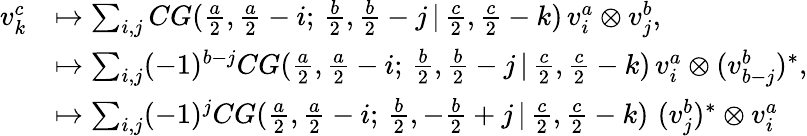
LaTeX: \begin{array}{rl}{v_{k}^{c}}&{\mapsto\sum_{i,j}CG(\frac{a}{2},\frac{a}{2}-i;\, \frac{b}{2},\frac{b}{2}-j\, |\, \frac{c}{2},\frac{c}{2}-k)\, v_{i}^{a}\otimes v_{j}^{b},}\\ &{\mapsto\sum_{i,j}(-1)^{b-j}CG(\frac{a}{2},\frac{a}{2}-i;\, \frac{b}{2},\frac{b}{2}-j\, |\, \frac{c}{2},\frac{c}{2}-k)\, v_{i}^{a}\otimes(v_{b-j}^{b})^{*},}\\ &{\mapsto\sum_{i,j}(-1)^{j}CG(\frac{a}{2},\frac{a}{2}-i;\, \frac{b}{2},-\frac{b}{2}+j\, |\, \frac{c}{2},\frac{c}{2}-k)\, \, (v_{j}^{b})^{*}\otimes v_{i}^{a}}\end{array}